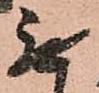
無